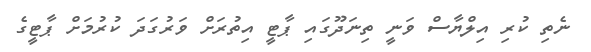
ނެތި ކުރި އިލްޔާސް ވަނީ ތިނަދޫގައި ޕާޓީ އިތުރަށް ވަރުގަދަ ކުރުމަށް ޕާޓީގެ